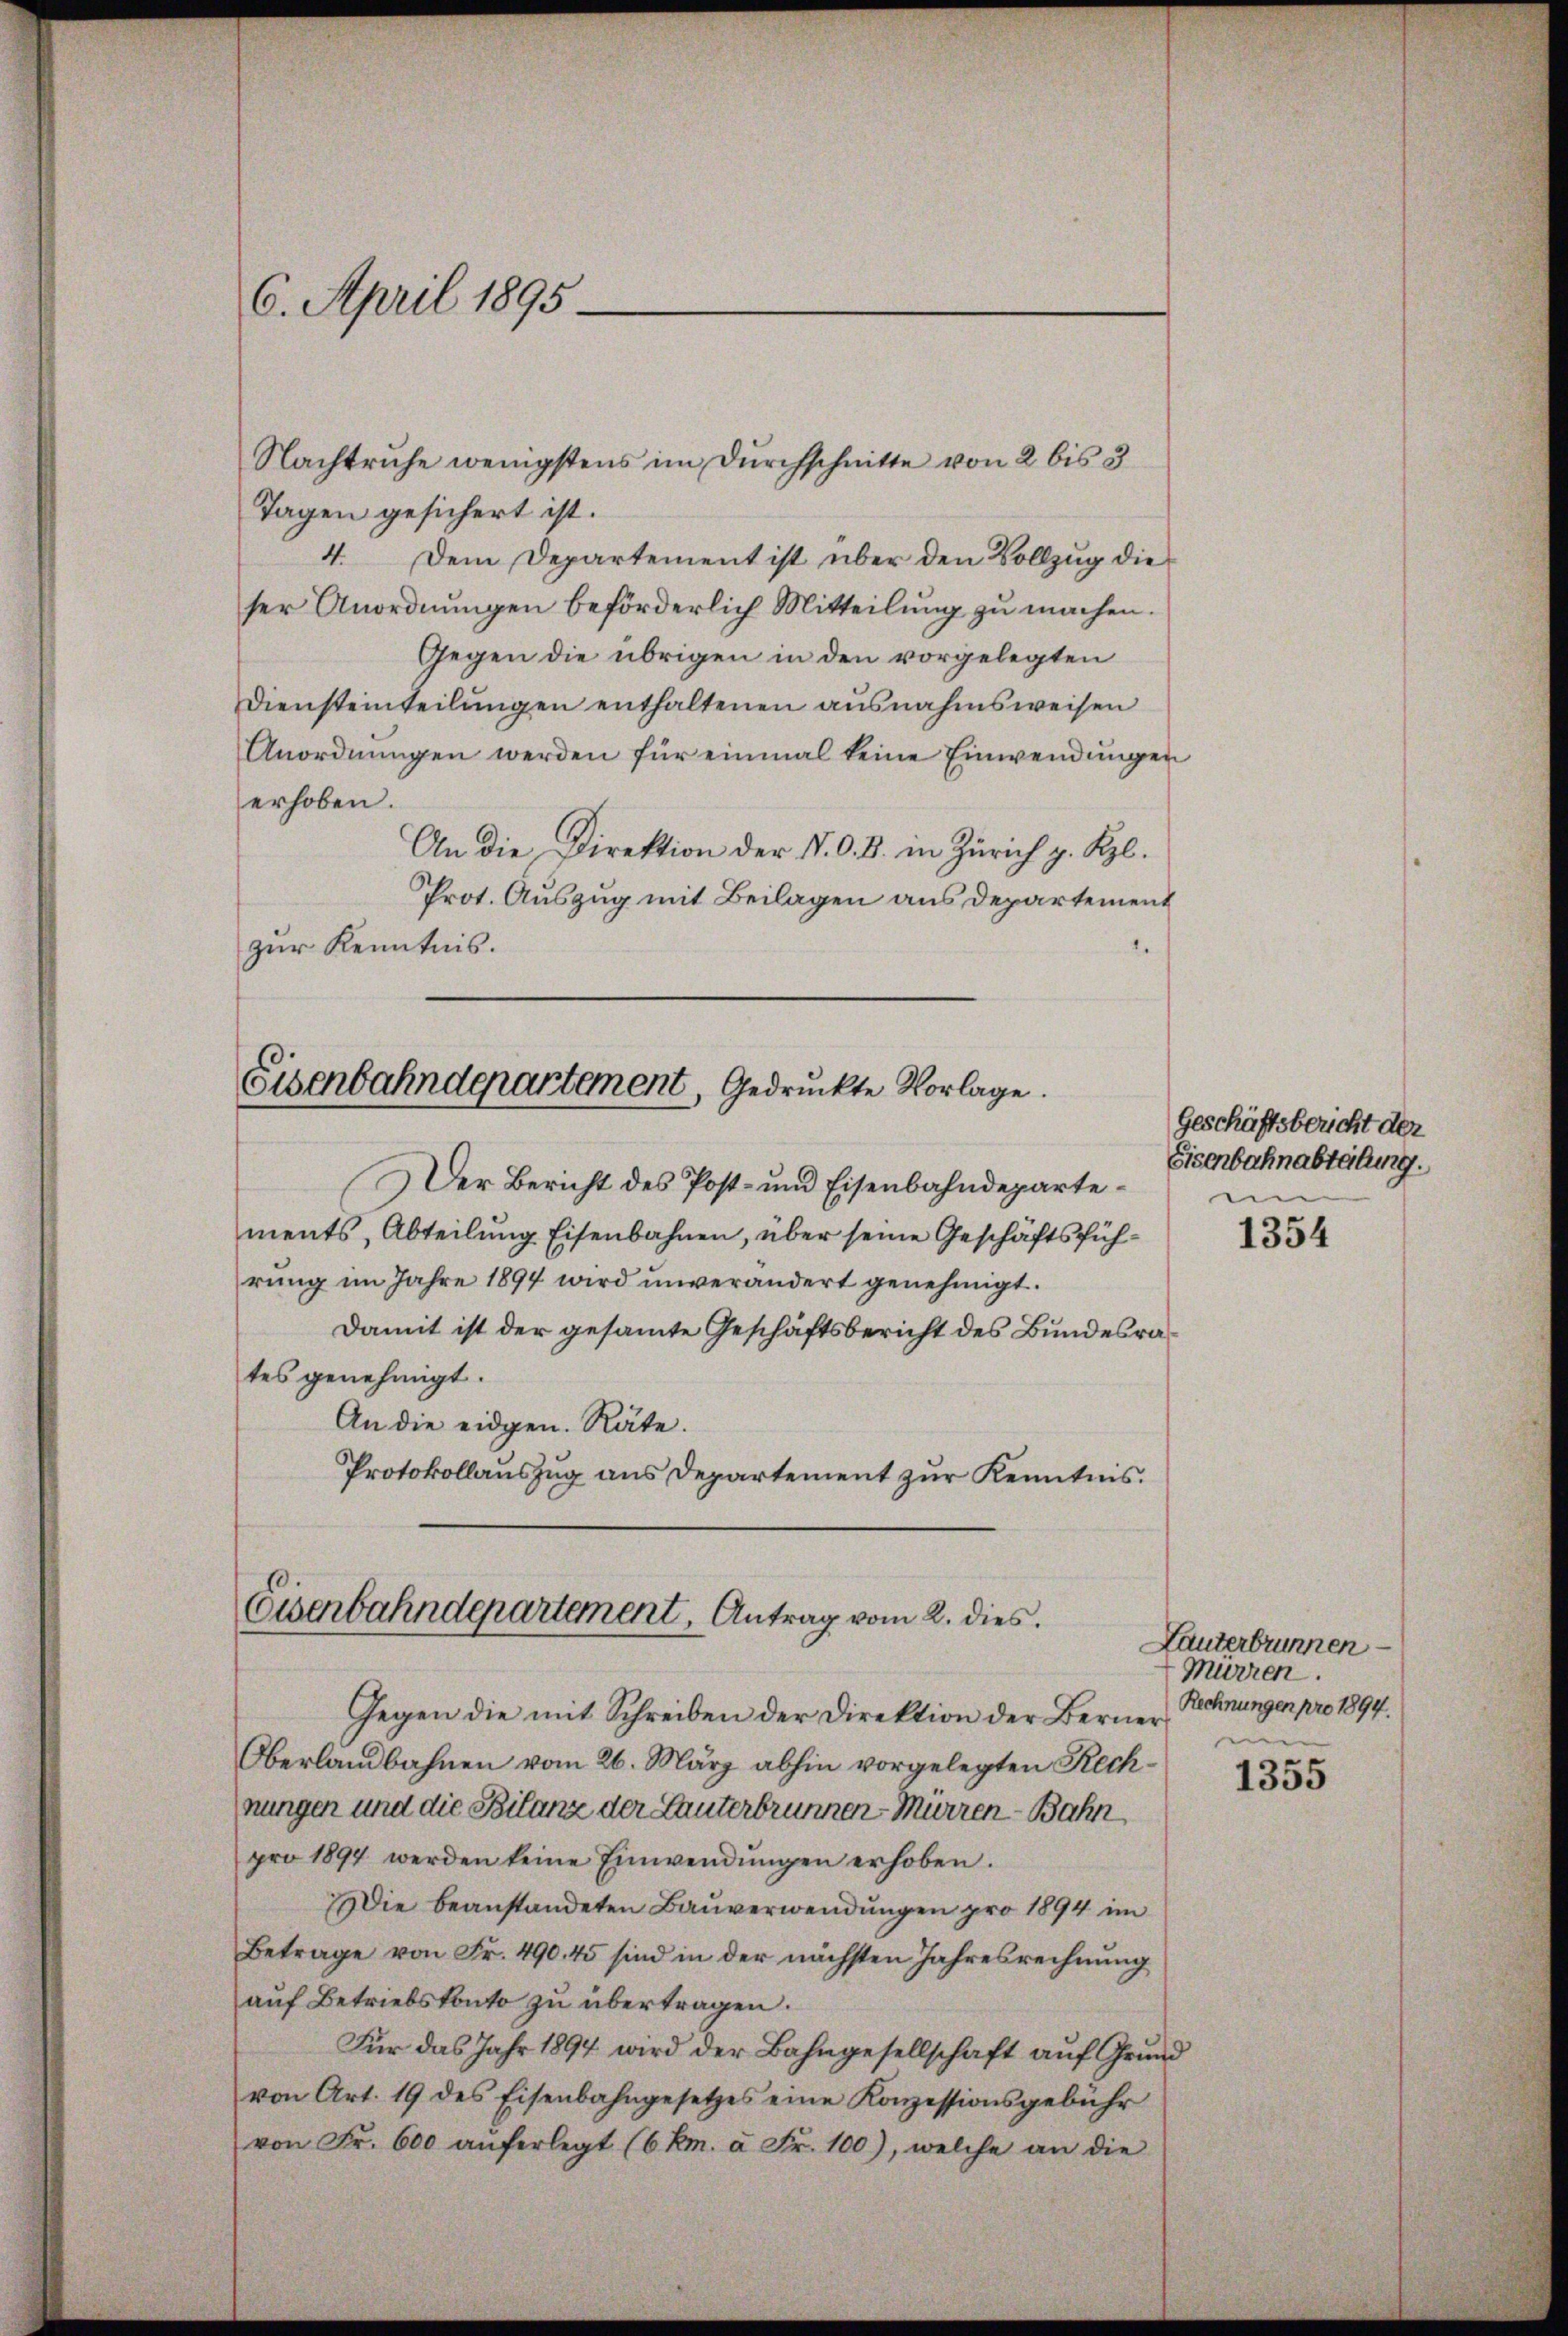
6. April 1895

Nachtruhe wenigstens im Durchschnitte von 2 bis 3
Tagen gesichert ist.
4. Dem Departement ist über den Vollzug die
ser Anordnungen beförderlich Mitteilung zu machen.
Gegen die übrigen in den vorgelegten
Diensteinteilŭngen enthaltenen ausnahmsweisen
Anordnŭngen werden für einmal keine Einwendungen
erhoben.
An die Direktion der N. O. B. in Zürich p. Rpl.
Prot. Auszug mit Beilagen aus Departement
zur Kenntnis.

Eisenbahndepartement, Gedrückte Vorlage.

Der Bericht des Post- und Eisenbahndepartements, Abteilung Eisenbahnen, über seine Geschäftsführung im Jahre 1894 wird unverändert genehmigt.
Damit ist der gesammte Geschäftsbericht des Bundesrates genehmigt.
An die eidgen. Räte.
Protokollauszug aus Departement zur Kenntnis.

Eisenbahndepartement, Antrag vom 2. dies

Geschäftsbericht der
Eisenbahnabtellung.
e

Gegen die mit Schreiben der Direktion der Berner
Oberlandbahnen vom 26. März abhin vorgelegten Rechnungen und die Bilanz der Lanterbrunnen Mürren Bahn
pro 1894 werden keine Einwendŭngen erhoben.
Die beanstandeten Bauverwendungen pro 1894 im
Betrage von Fr. 490. 45 sind in der nächsten Jahresrechnung
auf Betriebskonto zu übertragen.
Für das Jahr 1894 wird der Bahngesellschaft auf Grund
von Art. 19 des Eisenbahngesetzes eine Konzessionsgebühr
von Fr. 600 aŭferlegt (6 km. à Fr. 100), welche an die

1354

Lanterbrunnen.
Mürren.
Rechnungen pro 1894.
ein

1355